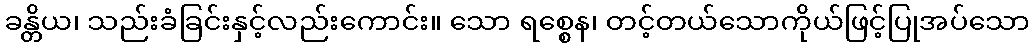
ခန္တိယ၊ သည်းခံခြင်းနှင့်လည်းကောင်း။ သော ရစ္စေန၊ တင့်တယ်သောကိုယ်ဖြင့်ပြုအပ်သော